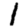
Digit: 1